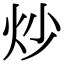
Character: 炒